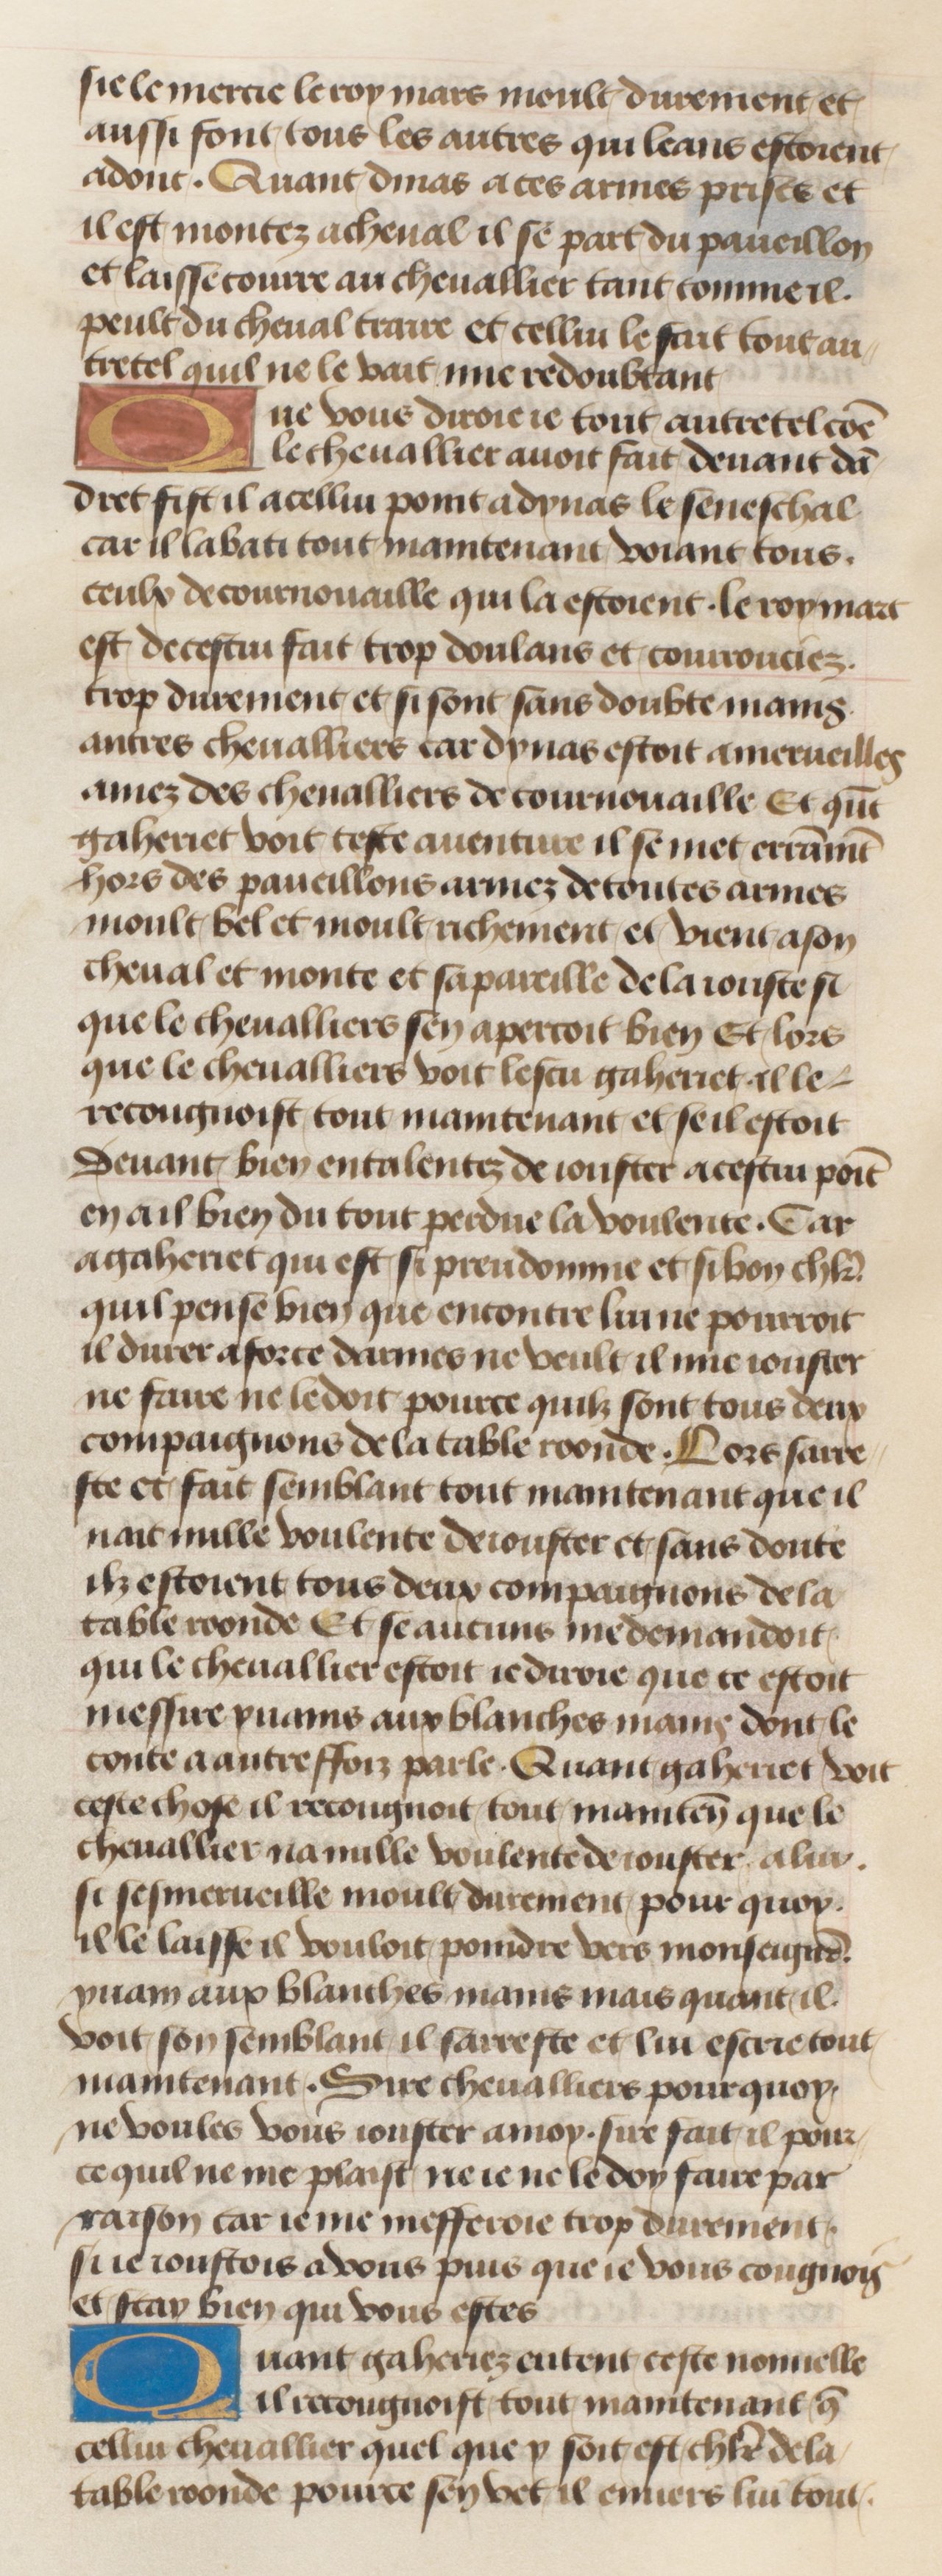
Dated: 1455–1485